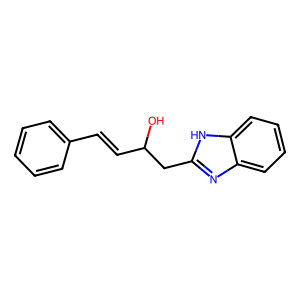
SMILES: OC(C=Cc1ccccc1)Cc1nc2ccccc2[nH]1
Inhibits HIV replication: No